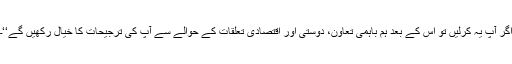
اگر آپ یہ کرلیں تو اس کے بعد ہم باہمی تعاون، دوستی اور اقتصادی تعلقات کے حوالے سے آپ کی ترجیحات کا خیال رکھیں گے‘‘۔